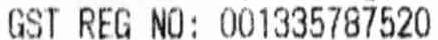
GST REG NO: 001335787520